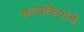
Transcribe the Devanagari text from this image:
शल्यक्रियासे